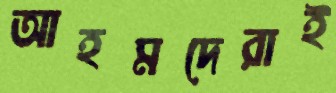
আহমদেরাই